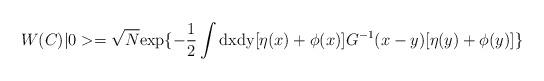
LaTeX: \begin{align*}W(C)|0>=\sqrt N {\rm exp}\{-\frac{1}{2}\int {\rm dx dy}[\eta(x)+\phi(x)]G^{-1}(x-y)[\eta(y)+\phi(y)]\}\end{align*}